Indian journal of veterinary science and animal husbandry - Volumes 28-29, 1958-1959
Year: 1958
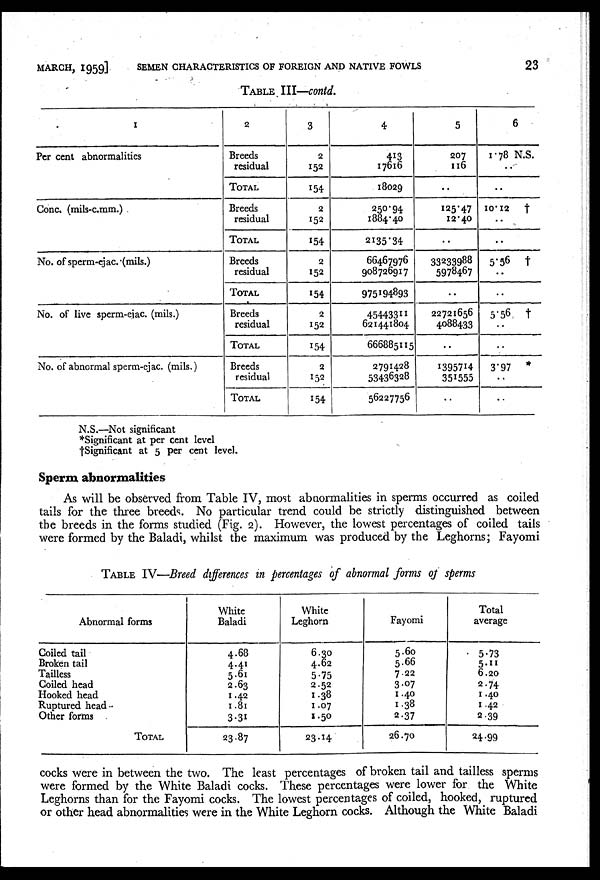
MARCH,
1959]
SEMEN CHARACTERISTICS OF FOREIGN AND NATIVE FOWLS
23
TABLE III—contd.
1
Per cent abnormalities
Conc. (mils-c.mm.)
No. of sperm-ejac. (mils.)
No. of live sperm-eiac. (mils.)
No. of abnormal sperm-ejac. (mils.)
2
Breeds
residual
TOTAL
Breeds
residual
TOTAL
Breeds
residual
TOTAL
Breeds
residual
TOTAL
Breeds
residual
TOTAL
3
2
152
154
2
152
154
2
152
154
2
152
154
2
152
154
4
413
17616
18029
250.94
1884.40
2135.34
66467976
908726917
975194893
45443311
621441804
666885115
2791428
53436328
56227756
5
207
116
..
125.47
12.40
..
33233988
5978467
..
22721656
4088433
..
1395714
351555
..
6
1.78 N.S.
..
..
10.12 †
..
..
5.56 †
..
..
5.56 †
..
..
3.97 *
..
..
N.S.—Not significant
*Significant at per cent level
†Significant at 5 per cent level.
Sperm abnormalities
As will be observed from Table IV, most abnormalities in sperms occurred as coiled
tails for the three breeds. No particular trend could be strictly distinguished between
the breeds in the forms studied (Fig. 2). However, the lowest percentages of coiled tails
were formed by the Baladi, whilst the maximum was produced by the Leghorns; Fayomi
TABLE IV—Breed differences in percentages of abnormal forms of sperms
Abnormal forms
Coiled tail
Broken tail
Tailless
Coiled head
Hooked head
Ruptured head
Other forms
TOTAL
White
Baladi
4.68
4.41
5.61
2.63
1.42
1.81
3.31
23.87
White
Leghorn
6.30
4.62
5.75
2.52
1.38
1.07
1.50
23.14
Fayomi
5.60
5.66
7.22
3.07
1.40
1.38
2.37
26.70
Total
average
5.73
5.11
6.20
2.74
1.40
1.42
2.39
24.99
cocks were in between the two. The least percentages of broken tail and tailless sperms
were formed by the White Baladi cocks. These percentages were lower for the White
Leghorns than for the Fayomi cocks. The lowest percentages of coiled, hooked, ruptured
or other head abnormalities were in the White Leghorn cocks. Although the White Baladi